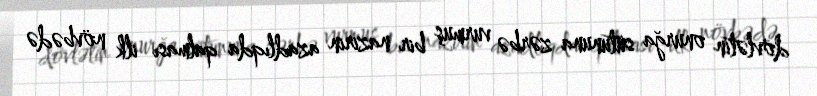
dövlətin onurğa sütununa zərbə vurmuş bir nazirin azadlıqda qalması ilk növbədə